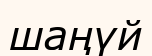
шаңүй